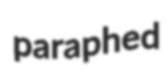
paraphed